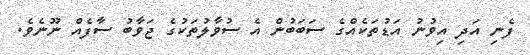
ފެނި އަދި އިވުނު އަޑުތަކެއްގެ ސަބަބުން އެ ސުވާލުތަކުގެ ޖަވާބު ސާފެއް ނޫނެވެ.